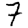
Digit: 7